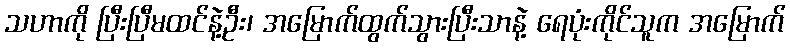
သဟာကို ပြီးပြီမထင်နဲ့ဦး၊ အမြောက်ထွက်သွားပြီးသာနဲ့ ရေပုံးကိုင်သူက အမြောက်